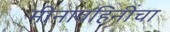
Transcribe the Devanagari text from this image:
मीनावहिनींचा